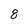
Character: 8